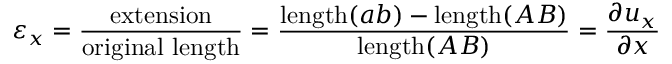
\varepsilon _ { x } = { \frac { \mathrm { e x t e n s i o n } } { \mathrm { o r i g i n a l ~ l e n g t h } } } = { \frac { \mathrm { l e n g t h } ( a b ) - \mathrm { l e n g t h } ( A B ) } { \mathrm { l e n g t h } ( A B ) } } = { \frac { \partial u _ { x } } { \partial x } }